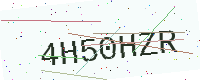
Text: 4H50HZR